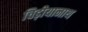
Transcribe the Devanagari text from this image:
चिड़ीयानाथ